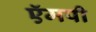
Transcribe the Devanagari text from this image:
ऍमपी